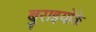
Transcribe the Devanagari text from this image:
बुराइयोंके